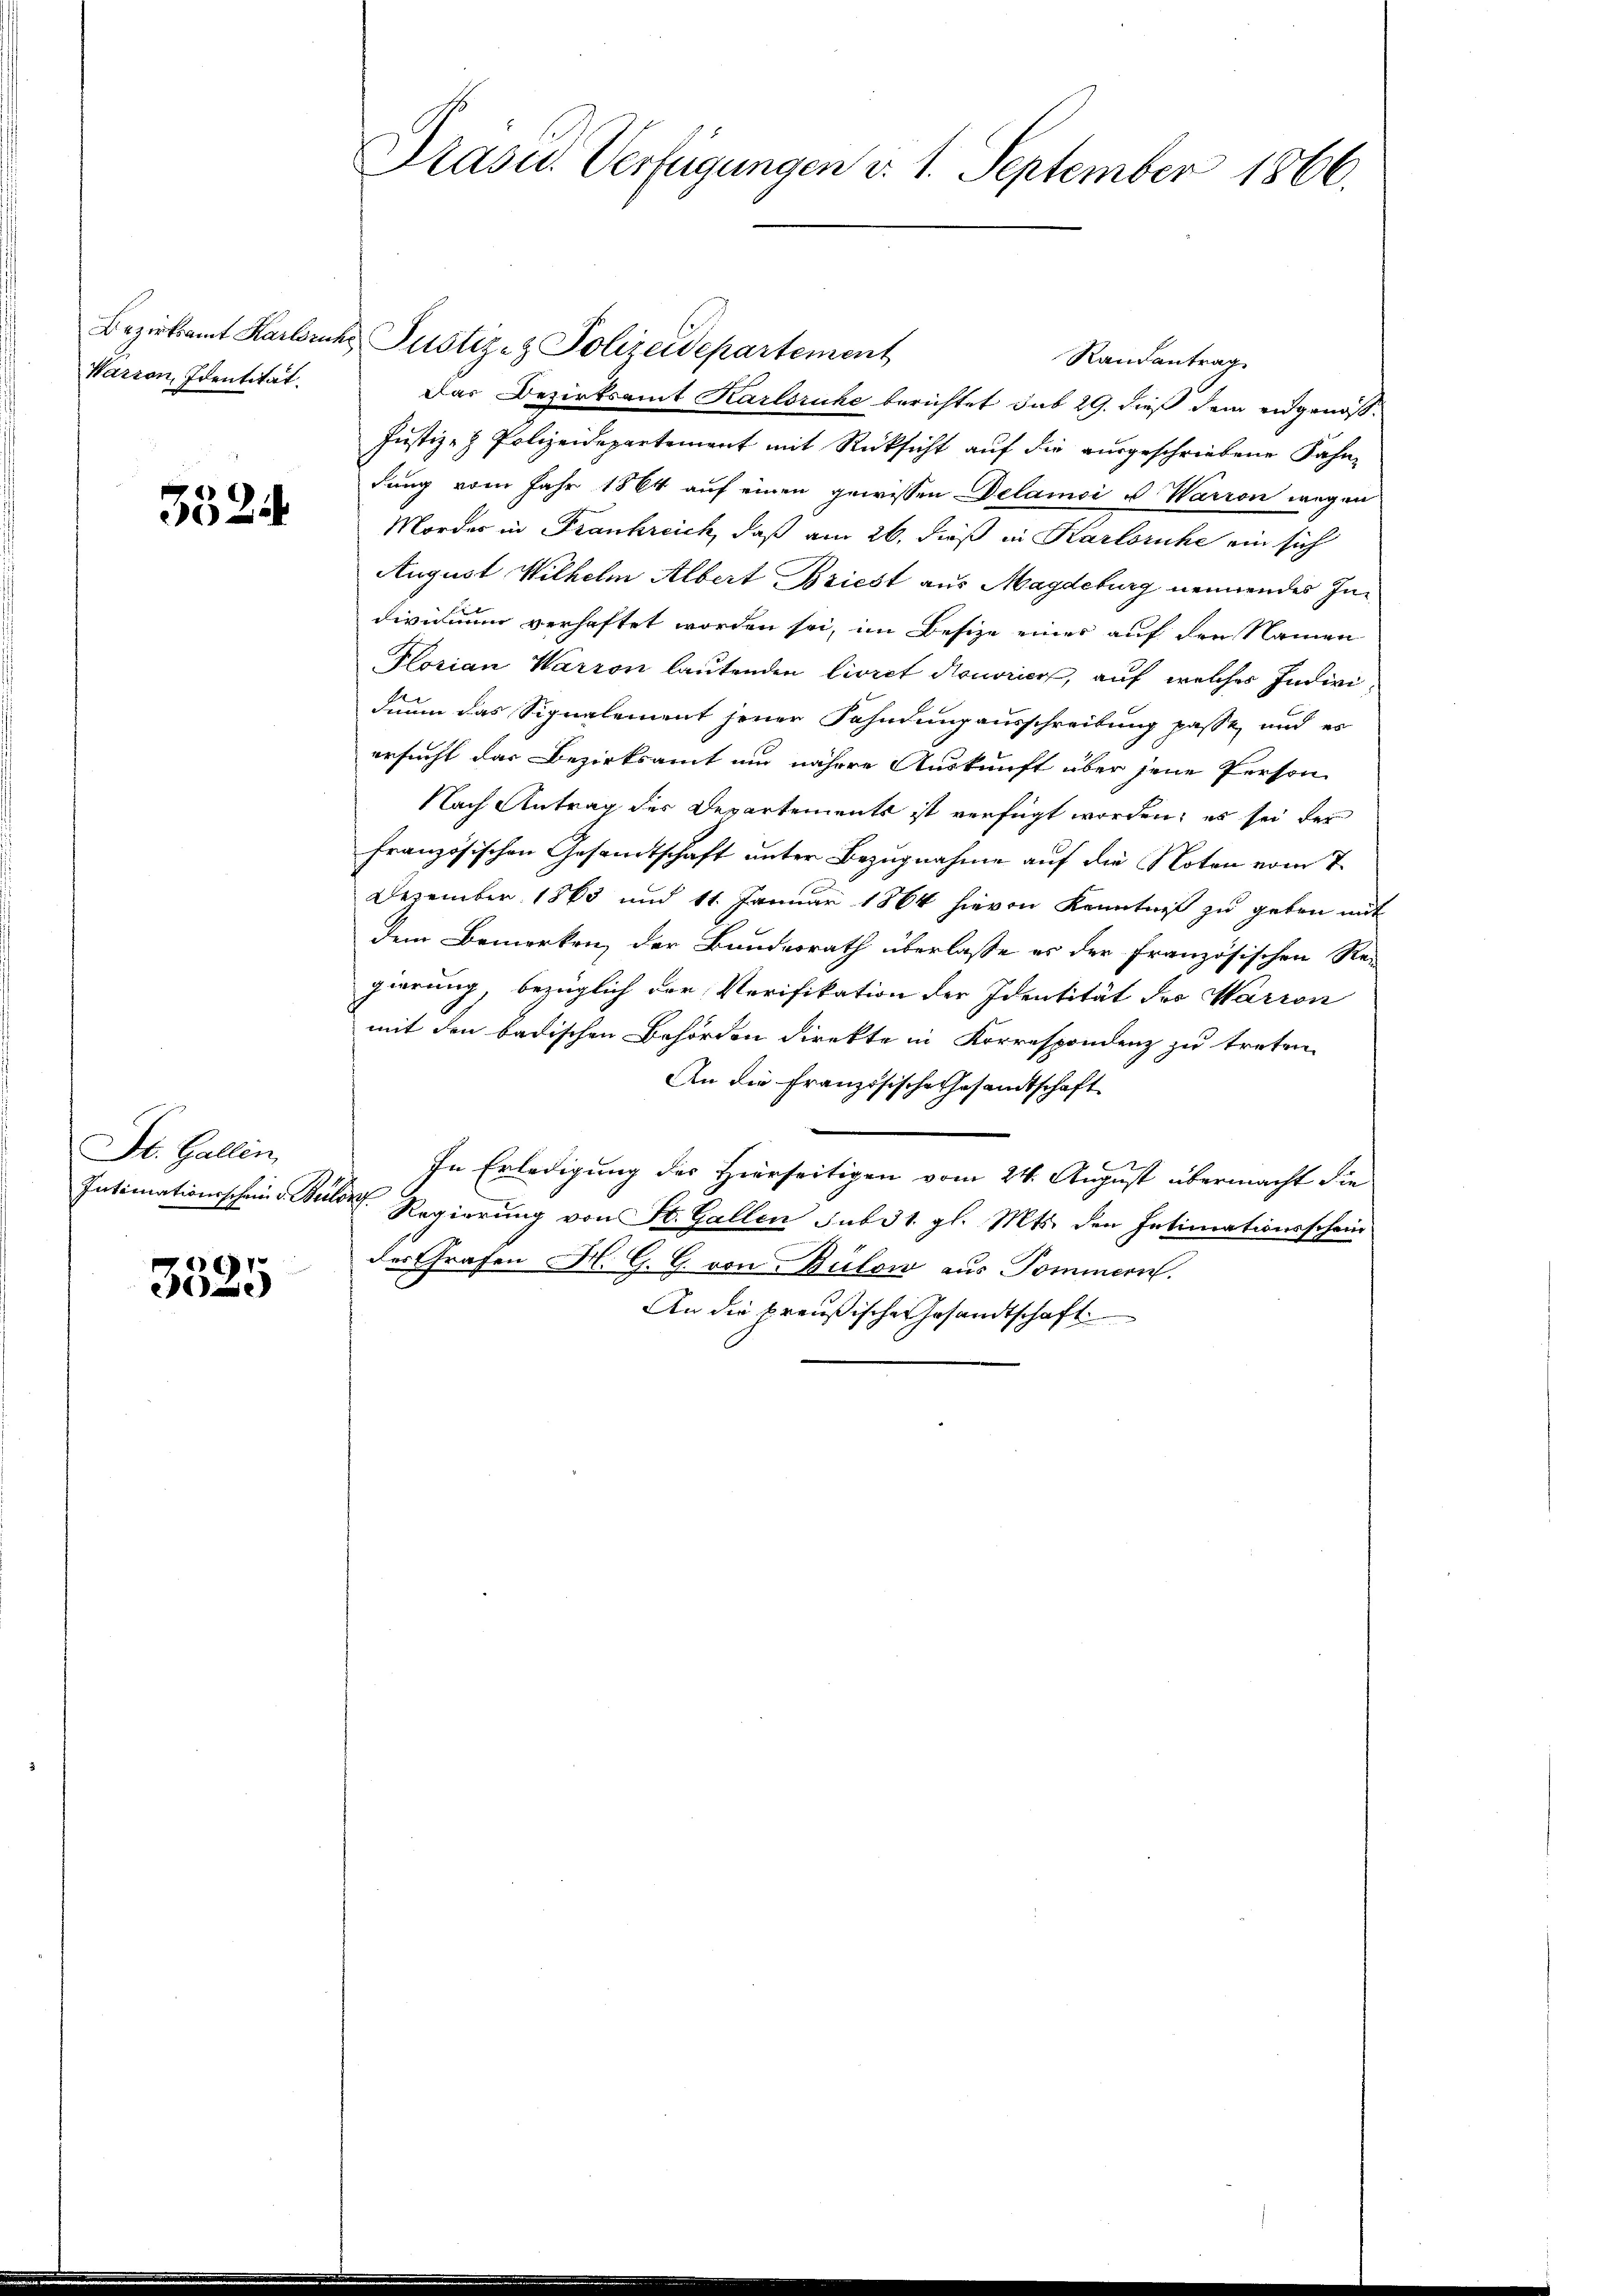
Warton Identität.

5524

St. Gallen,
Intimationsschein d. Bei

)
e

Präsid. Verfügungen d. 1. September 1866.

Bezirksamt Karlsruhe Justiz- & Polizeidepartement
Randantrag
Das Bezirksamt Karlsruhe berichtet sub 29. dieß dem eidgenöß¬
Justiz- & Polizeidepartement mit Rücksicht auf die ausgeschriebene Fahndung vom Jahr 1864 auf einen gewissen Delamci u. Warron wegen
Mordes in Frankreich, daß am 26. dieß in Karlsruhe ein sich
August Wilhelm Albert Briest aus Magdeburg nennendes Individuum verhaftet worden sei, im Besize einer auf den Namen
Plorian Warron lautenden livret Honorier, auf welches Individium das Signalement jener Fahndung ausschreibung passe, und es
ersucht das Bezirksamt um nähere Auskunft über jene Person
Nach Antrag der Departements ist verfügt worden, es sei der
französischen Gesandtschaft unter Bezugnahme auf die Noten vom 7.
Dezember 1863 und 11. Januar 1864 hievon Kenntniß zu geben mit
dem Bemerken, der Bunderrath überlasse es der französischen Re-
gierung, bezüglich der Verifikation der Identität der Warron
mit den badischen Behörden direkte in Korrespondenz zu treten.
An die Französische Gesandtschaft
In Erledigung des Hierseitigen vom 24. August übermacht die
l
Regierung von St. Gallen sub 31. gl. Mts. den Intimationsschein
des Grafen H. G. G. von Bülow aus Pommern.
An die preußische Gesandtschaft